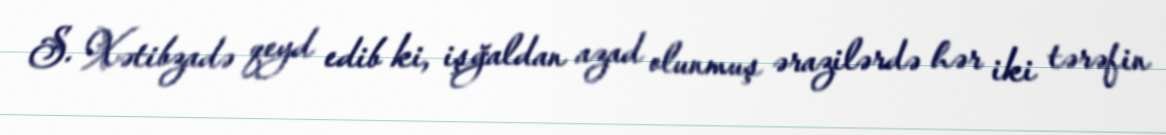
S. Xətibzadə qeyd edib ki, işğaldan azad olunmuş ərazilərdə hər iki tərəfin